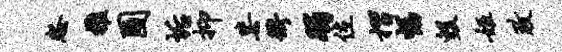
怨雅圃垢抑毖冲躅位摺幅毁姬政